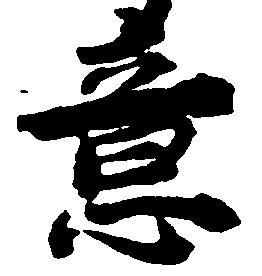
意